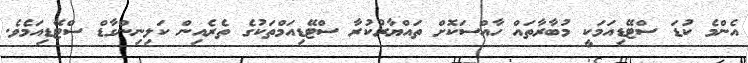
އެންމެ ކުޑަ ސްޓޭޑިއަމަކީ މުބާރާތައް ހާއްސަކޮށް ތައްޔާރުކުރާ ސްޓޭޑިއަމްތަކުގެ ތެރެއިން ކަލިނިންގާޑް ސްޓޭޑިއަމެވެ.